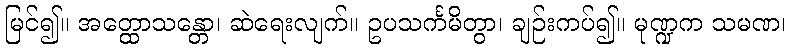
မြင်၍။ အတ္ထောသန္တော၊ ဆဲရေးလျက်။ ဥပသင်္ကမိတွာ၊ ချဉ်းကပ်၍။ မုဏ္ဍက သမဏ၊